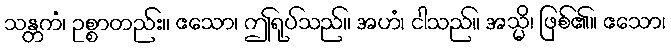
သန္တကံ၊ ဥစ္စာတည်း။ ဧသော၊ ဤရုပ်သည်။ အဟံ၊ ငါသည်။ အသ္မိ၊ ဖြစ်၏။ ဧသော၊